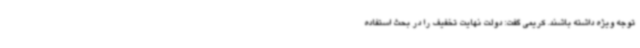
توجه ویژه داشته باشند. کریمی گفت: دولت نهایت تخفیف را در بحث استفاده